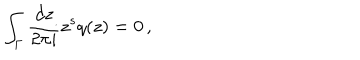
LaTeX: \int _ { \Gamma } \frac { d z } { 2 \pi i } z ^ { s } q ( z ) = 0 \, ,